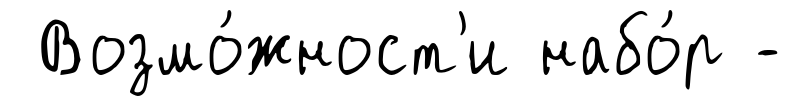
Возмо́жност'и набо́р -